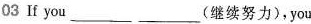
03 If you ___ ___ (继续努力),you